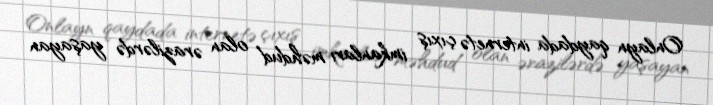
Onlayn qaydada internetə çıxış imkanları məhdud olan ərazilərdə yaşayan